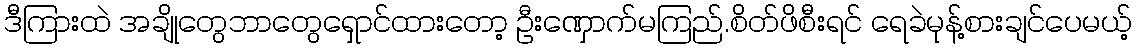
ဒီကြားထဲ အချိုတွေဘာတွေရှောင်ထားတော့ ဦးဏှောက်မကြည်.စိတ်ဖိစီးရင် ရေခဲမုန့်စားချင်ပေမယ့်